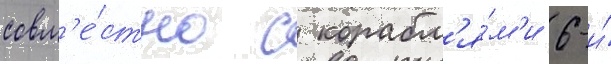
совм'е́стно с корабл'я́м'и 6-и́